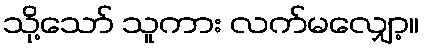
သို့သော် သူကား လက်မလျှော့။